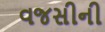
વજસીની